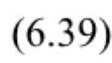
$(6.39)$